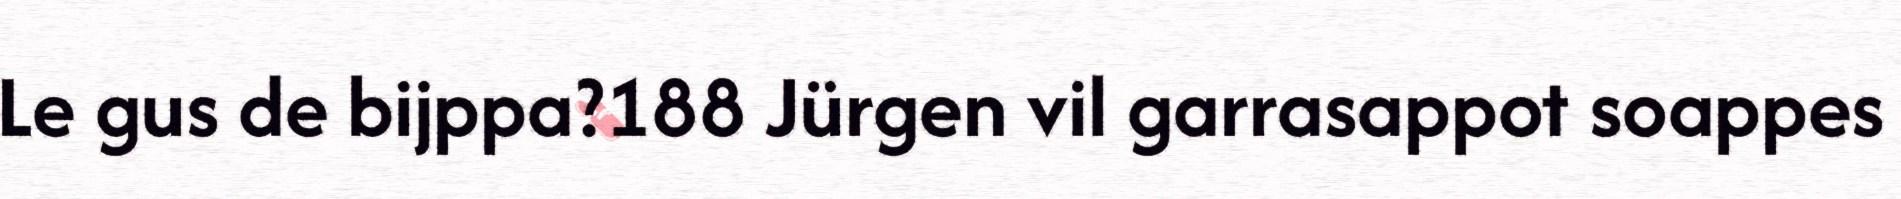
Le gus de bijppa?188 Jürgen vil garrasappot soappes